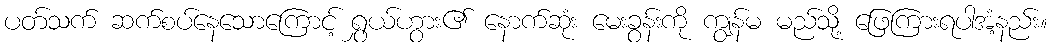
ပတ်သက် ဆက်စပ်နေသောကြောင့် ရွှယ်ဟွား၏ နောက်ဆုံး မေးခွန်းကို ကျွန်မ မည်သို့ ဖြေကြားရပါအံ့နည်း။